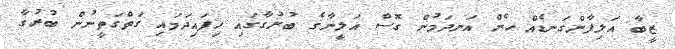
ޒީބާ އަލިފާންގަނޑެއް ހެން އަނދަމުން ގޮސް އަލީނާގެ ބުރުގާގައި ހިފައިދަމައި ގަތްގަތީނުން ބުރުގާ